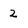
Character: 2